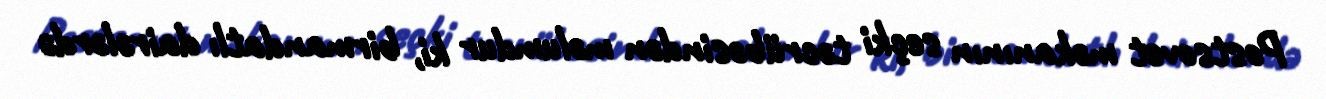
Postsovet məkanının seçki təcrübəsindən məlumdur ki, birmandatlı dairələrdə